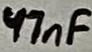
Text: 47nF